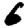
Digit: 6